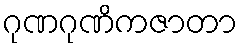
ဂုဏဂုဏိကဇာတာ